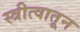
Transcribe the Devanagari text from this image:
स्त्रीत्वातून